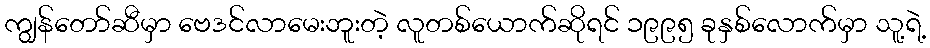
ကျွန်တော်ဆီမှာ ဗေဒင်လာမေးဘူးတဲ့ လူတစ်ယောက်ဆိုရင် ၁၉၉၅ ခုနှစ်လောက်မှာ သူ့ရဲ့